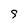
Character: 9